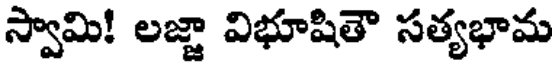
స్వామి! లజ్జా విభూషితౌ సత్యభామ